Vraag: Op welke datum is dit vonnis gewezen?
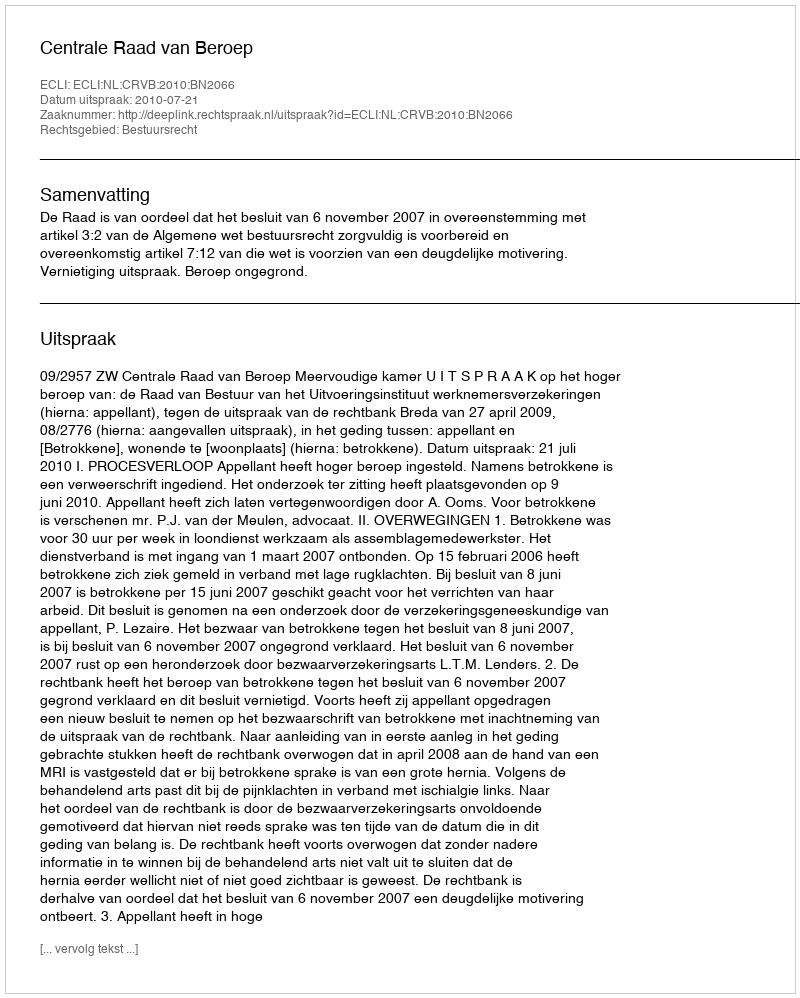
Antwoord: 2010-07-21